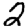
Digit: 2